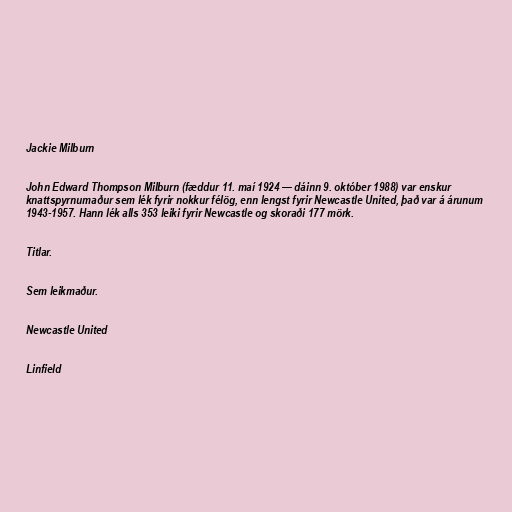
Jackie Milburn

John Edward Thompson Milburn (fæddur 11. maí 1924 — dáinn 9. október 1988) var enskur
knattspyrnumaður sem lék fyrir nokkur félög, enn lengst fyrir Newcastle United, það var á árunum
1943-1957. Hann lék alls 353 leiki fyrir Newcastle og skoraði 177 mörk.

Titlar.

Sem leikmaður.

Newcastle United

Linfield